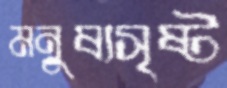
মনুষ্যসৃষ্ট